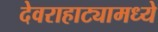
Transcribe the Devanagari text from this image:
देवराहाट्यामध्ये